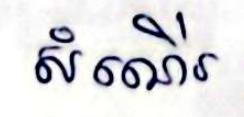
សំណើរ